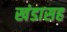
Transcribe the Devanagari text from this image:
खंडासह